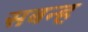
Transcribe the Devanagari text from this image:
सबन्ह